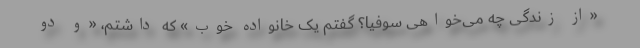
«از زندگی چه می‌خواهی سوفیا؟ گفتم یک خانواده خوب» که داشتم، «و دو